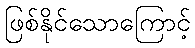
ဖြစ်နိုင်သောကြောင့်